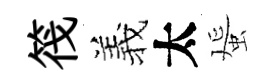
筏羲太蜑